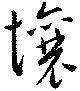
壌